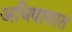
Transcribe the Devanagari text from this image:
अधिवासात